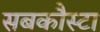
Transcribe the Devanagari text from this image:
सबकौस्टा